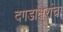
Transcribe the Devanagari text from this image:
दगडाक्षरांचा